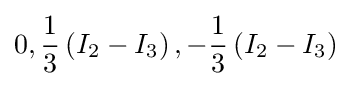
0,{\frac {1}{3}}\left(I_{2}-I_{3}\right),-{\frac {1}{3}}\left(I_{2}-I_{3}\right)